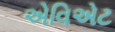
એવિએટ